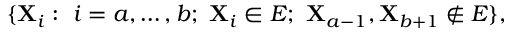
\{ \mathbf { X } _ { i } : \ i = a , \dots , b ; \ \mathbf { X } _ { i } \in E ; \ \mathbf { X } _ { a - 1 } , \mathbf { X } _ { b + 1 } \not \in E \} ,